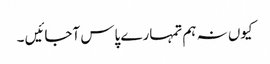
کیوں نہ ہم تمہارے پاس آجائیں ۔